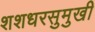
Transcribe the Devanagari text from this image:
शशधरसुमुखी